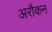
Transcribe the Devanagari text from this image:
अरौकन